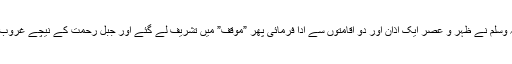
خطبہ کے بعد آپ صلی اﷲ تعالیٰ علیہ وسلم نے ظہر و عصر ایک اذان اور دو اقامتوں سے ادا فرمائی پھر ”موقف” میں تشریف لے گئے اور جبل رحمت کے نیچے غروبِ آفتاب تک دعاؤں میں مصروف رہے۔